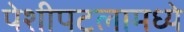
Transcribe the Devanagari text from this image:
पेशीपटलामध्ये